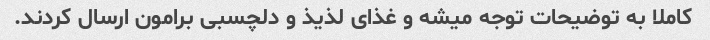
کاملا به توضیحات توجه میشه و غذای لذیذ و دلچسبی برامون ارسال کردند.